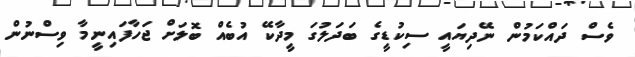
ވެސް ދައްކަމުން ނޭދިޔައީ ސިކުޑީގެ ބަދަލުގަ މީދާކޭ އުބެއް ބޮލަށް ޖަހާފައިނީމާ ވިސްނުން